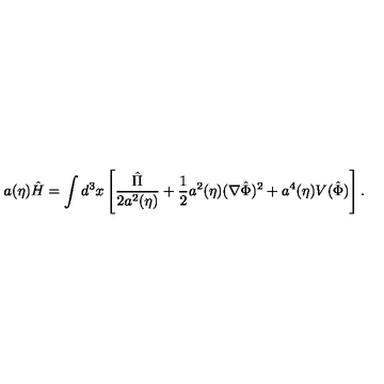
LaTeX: a ( \eta ) \hat { H } = \int d ^ { 3 } x \left[ \frac { \hat { \Pi } } { 2 a ^ { 2 } ( \eta ) } + \frac { 1 } { 2 } a ^ { 2 } ( \eta ) ( \nabla \hat { \Phi } ) ^ { 2 } + a ^ { 4 } ( \eta ) V ( \hat { \Phi } ) \right] .